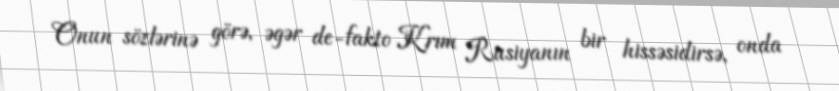
Onun sözlərinə görə, əgər de-fakto Krım Rusiyanın bir hissəsidirsə, onda